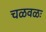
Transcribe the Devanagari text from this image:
चळवळः